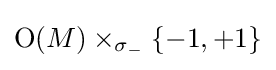
\operatorname {O} (M)\times _{\sigma _{-}}\{-1,+1\}